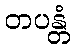
တပန္တံ